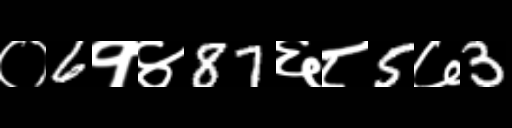
Text: ०6१४87६८5७3